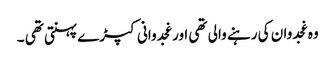
وہ غجدوان کی رہنے والی تھی اور غجدوانی کپڑے پہنتی تھی ۔